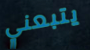
يتبعني